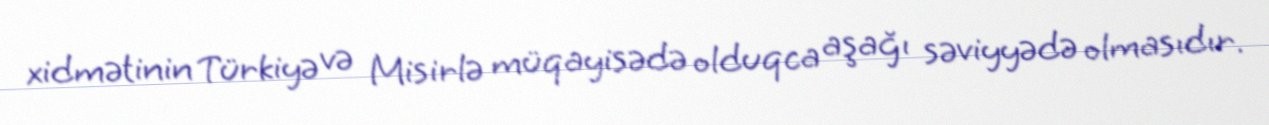
xidmətinin Türkiyə və Misirlə müqayisədə olduqca aşağı səviyyədə olmasıdır.